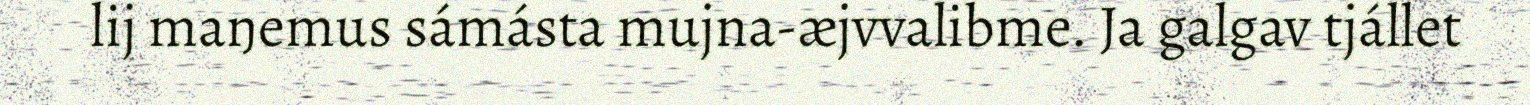
lij maŋemus sámásta mujna-æjvvalibme. Ja galgav tjállet